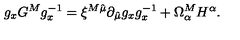
g _ { x } G ^ { M } g _ { x } ^ { - 1 } = \xi ^ { M \hat { \mu } } \partial _ { \hat { \mu } } g _ { x } g _ { x } ^ { - 1 } + \Omega _ { \alpha } ^ { M } H ^ { \alpha } .